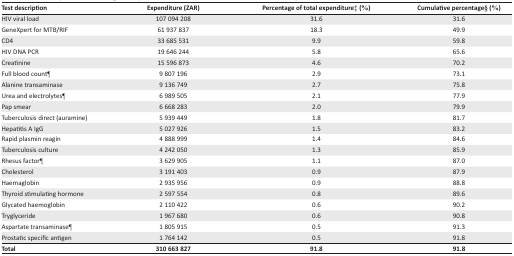
<table><thead><tr><td><b>Test description</b></td><td><b>Expenditure (ZAR)</b></td><td><b>Percentage of total expenditure‡ (%)</b></td><td><b>Cumulative percentage§ (%)</b></td></tr></thead><tbody><tr><td>HIV viral load</td><td>107 094 208</td><td>31.6</td><td>31.6</td></tr><tr><td>GeneXpert for MTB/RIF</td><td>61 937 837</td><td>18.3</td><td>49.9</td></tr><tr><td>CD4</td><td>33 685 531</td><td>9.9</td><td>59.8</td></tr><tr><td>HIV DNA PCR</td><td>19 646 244</td><td>5.8</td><td>65.6</td></tr><tr><td>Creatinine</td><td>15 596 873</td><td>4.6</td><td>70.2</td></tr><tr><td>Full blood count¶</td><td>9 807 196</td><td>2.9</td><td>73.1</td></tr><tr><td>Alanine transaminase</td><td>9 136 749</td><td>2.7</td><td>75.8</td></tr><tr><td>Urea and electrolytes¶</td><td>6 989 505</td><td>2.1</td><td>77.9</td></tr><tr><td>Pap smear</td><td>6 668 283</td><td>2.0</td><td>79.9</td></tr><tr><td>Tuberculosis direct (auramine)</td><td>5 939 449</td><td>1.8</td><td>81.7</td></tr><tr><td>Hepatitis A IgG</td><td>5 027 926</td><td>1.5</td><td>83.2</td></tr><tr><td>Rapid plasmin reagin</td><td>4 888 999</td><td>1.4</td><td>84.6</td></tr><tr><td>Tuberculosis culture</td><td>4 242 050</td><td>1.3</td><td>85.9</td></tr><tr><td>Rhesus factor¶</td><td>3 629 905</td><td>1.1</td><td>87.0</td></tr><tr><td>Cholesterol</td><td>3 191 403</td><td>0.9</td><td>87.9</td></tr><tr><td>Haemaglobin</td><td>2 935 956</td><td>0.9</td><td>88.8</td></tr><tr><td>Thyroid stimulating hormone</td><td>2 597 554</td><td>0.8</td><td>89.6</td></tr><tr><td>Glycated haemoglobin</td><td>2 110 422</td><td>0.6</td><td>90.2</td></tr><tr><td>Tryglyceride</td><td>1 967 680</td><td>0.6</td><td>90.8</td></tr><tr><td>Aspartate transaminase¶</td><td>1 805 915</td><td>0.5</td><td>91.3</td></tr><tr><td>Prostatic specific antigen</td><td>1 764 142</td><td>0.5</td><td>91.8</td></tr><tr><td><b>Total</b></td><td><b>310 663 827</b></td><td><b>91.8</b></td><td><b>91.8</b></td></tr></tbody></table>